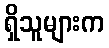
ရှိသူများက